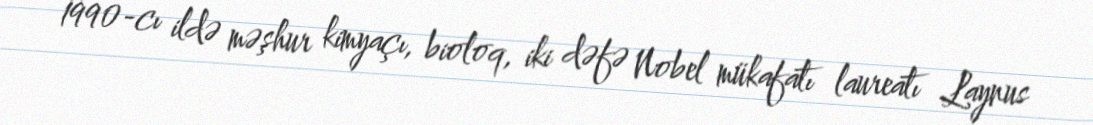
1990-cı ildə məşhur kimyaçı, bioloq, iki dəfə Nobel mükafatı laureatı Laynus